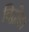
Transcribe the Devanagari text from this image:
विद्रोह।